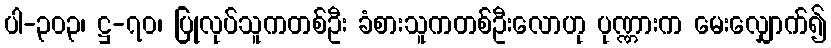
ပါ-၃၀၃၊ ဋ္ဌ-၇၀၊ ပြုလုပ်သူကတစ်ဦး ခံစားသူကတစ်ဦးလောဟု ပုဏ္ဏားက မေးလျှောက်၍